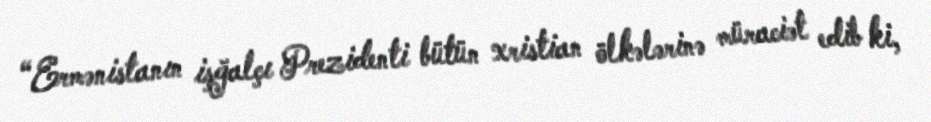
“Ermənistanın işğalçı Prezidenti bütün xristian ölkələrinə müraciət edib ki,